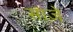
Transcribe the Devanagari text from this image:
साज़े